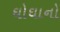
ઘોઘાનો